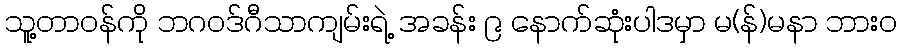
သူ့တာဝန်ကို ဘဂဝဒ်ဂီသာကျမ်းရဲ့ အခန်း ၉ နောက်ဆုံးပါဒမှာ မ(န်)မနာ ဘားဝ